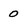
Character: 0